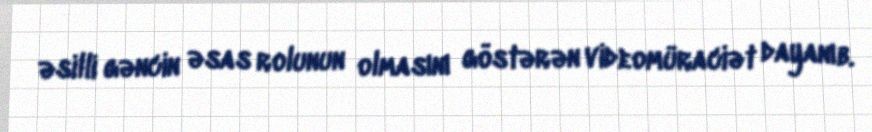
əsilli gəncin əsas rolunun olmasını göstərən videomüraciət dayanıb.